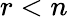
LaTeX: r<n